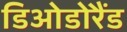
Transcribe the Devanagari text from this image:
डिओडोरैंड